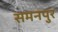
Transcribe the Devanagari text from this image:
समनपुर